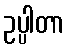
ဥပ္ပါတာ